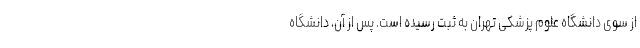
از سوی دانشگاه علوم پزشکی تهران به ثبت رسیده است. پس از آن، دانشگاه